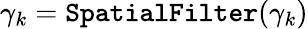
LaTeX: \gamma_{k}={\tt SpatialFilter}(\gamma_{k})